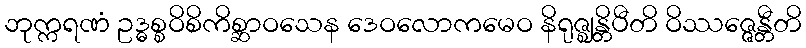
ဘုက္ကရဏံ ဥဒ္ဓစ္စဝိစိကိစ္ဆာဝသေန ဒေဝလောကမေဝ နိရုဇ္ဈန္တိပီတိ ဝိဿဇ္ဇေန္တီတိ